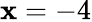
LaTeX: \mathbf{x}=-4